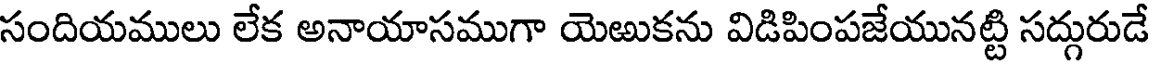
సందియములు లేక అనాయాసముగా యెఱుకను విడిపింపజేయునట్టి సద్గురుడే